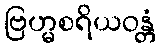
ဗြဟ္မစရိယဝန္တံ